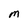
Character: M